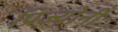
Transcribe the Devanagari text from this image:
प्रिज्योनी